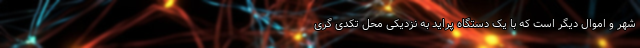
شهر و اموال دیگر است که با یک دستگاه پراید به نزدیکی محل تکدی گری